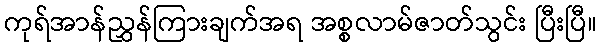
ကုရ်အာန်ညွှန်ကြားချက်အရ အစ္စလာမ်ဇာတ်သွင်း ပြီးပြီ။